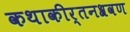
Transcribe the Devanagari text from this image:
कथाकीर्तनश्रवण